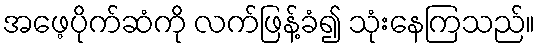
အဖေ့ပိုက်ဆံကို လက်ဖြန့်ခံ၍ သုံးနေကြသည်။